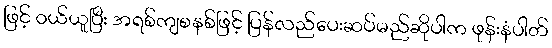
ဖြင့် ဝယ်ယူပြီး အရစ်ကျစနစ်ဖြင့် ပြန်လည်ပေးဆပ်မည်ဆိုပါက ဖုန်းနံပါတ်